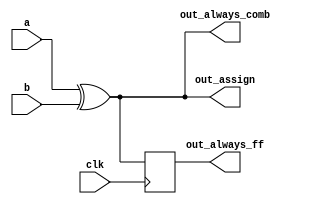
// synthesis verilog_input_version verilog_2001
module top_module(
    input clk,
    input a,
    input b,
    output wire out_assign,
    output reg out_always_comb,
    output reg out_always_ff   );

    assign out_assign = a ^ b;
    always @(*) out_always_comb = a ^ b;
    always @(posedge clk) out_always_ff <= a ^ b;
    
endmodule